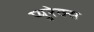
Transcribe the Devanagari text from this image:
प्युरेक्स